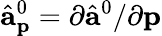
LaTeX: \hat{\mathbf{a}}_{\mathbf{p}}^{0}=\partial\hat{\mathbf{a}}^{0}/\partial{\mathbf{p}}